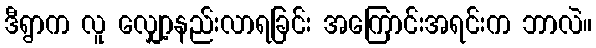
ဒီရွာက လူ လျှော့နည်းလာရခြင်း အကြောင်းအရင်းက ဘာလဲ။